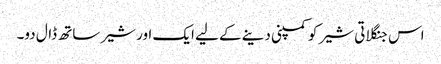
اس جنگلاتی شیر کو کمپنی دینے کے لیے ایک اور شیر ساتھ ڈال دو۔